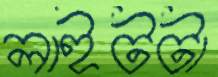
লাইটটা